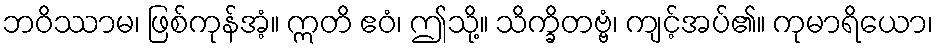
ဘဝိဿာမ၊ ဖြစ်ကုန်အံ့။ ဣတိ ဧဝံ၊ ဤသို့။ သိက္ခိတဗ္ဗံ၊ ကျင့်အပ်၏။ ကုမာရိယော၊